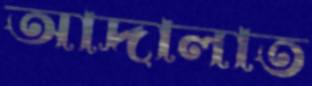
আদালাত